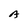
Character: A